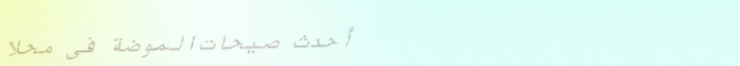
أحدث صيحات الموضة في محلا